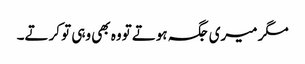
مگر میری جگہ ہوتے تووہ بھی وہی تو کرتے۔